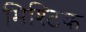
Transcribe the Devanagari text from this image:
मिश्टिक